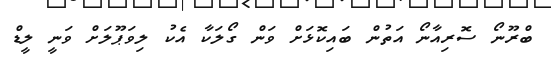
ބްރޫނޯ ސޮރިއާނޯ އަތުން ބައިކޮޅަށް ވަން ގޯލަކާ އެކު ލިވަޕޫލަށް ވަނީ ލީޑް